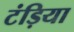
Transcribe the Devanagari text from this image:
टंड़िया